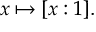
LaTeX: x \mapsto [ x : 1 ] .